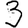
Digit: 3